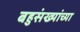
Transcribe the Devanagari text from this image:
बहुसंख्यांच्या